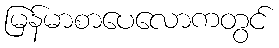
မြန်မာစာပေလောကတွင်